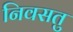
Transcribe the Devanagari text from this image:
निवसतु